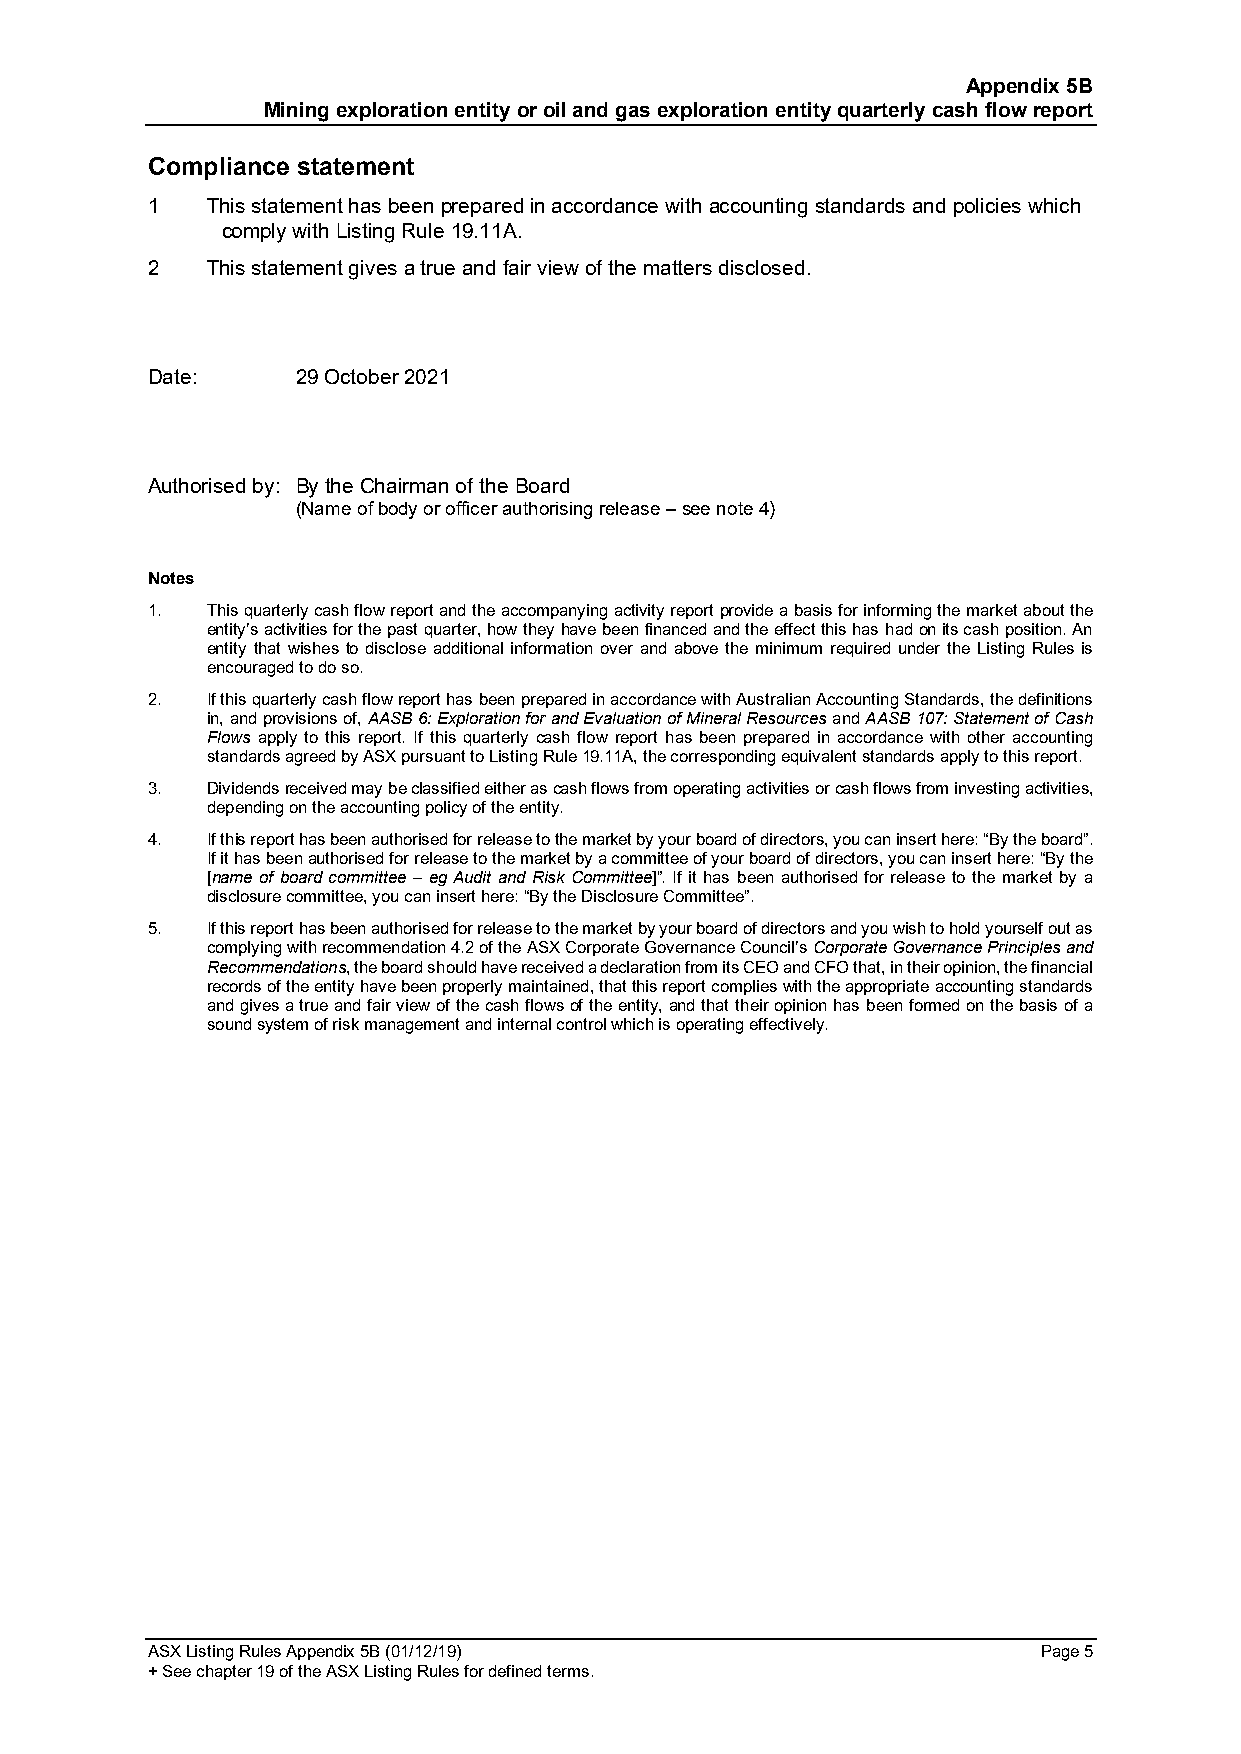
Appendix 5B
 Mining exploration entity or oil and gas exploration entity quarterly cash flow report
 Compliance statement
 1   This statement has been prepared in accordance with accounting standards and policies which
 comply with Listing Rule 19.11A.
 2   This statement gives a true and fair view of the matters disclosed.
 Date:     29 October 2021
 Authorised by: By the Chairman of the Board
 (Name of body or officer authorising release – see note 4)
 Notes
 1.  This quarterly cash flow report and the accompanying activity report provide a basis for informing the market about the
 entity’s activities for the past quarter, how they have been financed and the effect this has had on its cash position. An
 entity that wishes to disclose additional information over and above the minimum required under the Listing Rules is
 encouraged to do so.
 2.  If this quarterly cash flow report has been prepared in accordance with Australian Accounting Standards, the definitions
 in, and provisions of, AASB 6: Exploration for and Evaluation of Mineral Resources and AASB 107: Statement of Cash
 Flows apply to this report. If this quarterly cash flow report has been prepared in accordance with other accounting
 standards agreed by ASX pursuant to Listing Rule 19.11A, the corresponding equivalent standards apply to this report.
 3.  Dividends received may be classified either as cash flows from operating activities or cash flows from investing activities,
 depending on the accounting policy of the entity.
 4.  If this report has been authorised for release to the market by your board of directors, you can insert here: “By the board”.
 If it has been authorised for release to the market by a committee of your board of directors, you can insert here: “By the
 [name of board committee – eg Audit and Risk Committee]”. If it has been authorised for release to the market by a
 disclosure committee, you can insert here: “By the Disclosure Committee”.
 5.  If this report has been authorised for release to the market by your board of directors and you wish to hold yourself out as
 complying with recommendation 4.2 of the ASX Corporate Governance Council’s Corporate Governance Principles and
 Recommendations, the board should have received a declaration from its CEO and CFO that, in their opinion, the financial
 records of the entity have been properly maintained, that this report complies with the appropriate accounting standards
 and gives a true and fair view of the cash flows of the entity, and that their opinion has been formed on the basis of a
 sound system of risk management and internal control which is operating effectively.
 ASX Listing Rules Appendix 5B (01/12/19)                   Page 5
 + See chapter 19 of the ASX Listing Rules for defined terms.